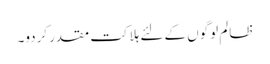
ظالم لوگوں کے لئے ہلاکت مقدر کردو۔